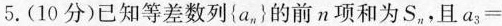
5.(10分)已知等差数列{a_{n}}的前n项和为S_{n}，且$$a _ { 3 } =